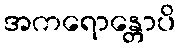
အကရောန္တောပိ